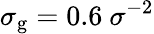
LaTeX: \sigma_{\mathrm{g}}=0.6~{\sigma^{-2}}